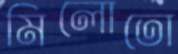
মিলোতো